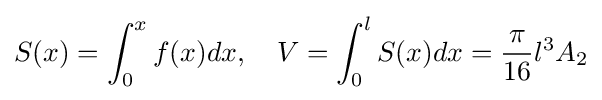
S(x)=\int _{0}^{x}f(x)dx,\quad V=\int _{0}^{l}S(x)dx={\frac {\pi }{16}}l^{3}A_{2}